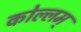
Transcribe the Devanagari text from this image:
कोल्लम्